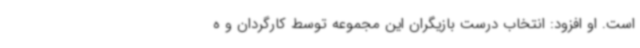
است‌. او افزود: انتخاب درست بازیگران این مجموعه توسط کارگردان و ه